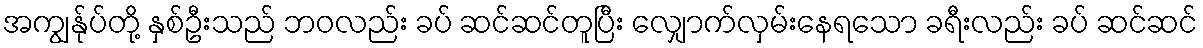
အကျွန်ုပ်တို့ နှစ်ဦးသည် ဘဝလည်း ခပ် ဆင်ဆင်တူပြီး လျှောက်လှမ်းနေရသော ခရီးလည်း ခပ် ဆင်ဆင်